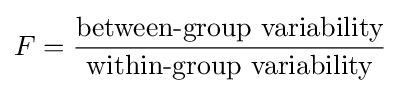
F={\frac {\text{between-group variability}}{\text{within-group variability}}}